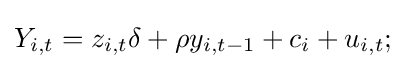
Y_{i,t}=z_{i,t}\delta +\rho y_{i,t-1}+c_{i}+u_{i,t};